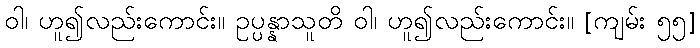
ဝါ၊ ဟူ၍လည်းကောင်း။ ဥပ္ပန္နာသူတိ ဝါ၊ ဟူ၍လည်းကောင်း။ [ကျမ်း ၅၅]